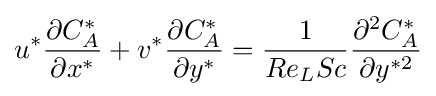
{u^{*}{\frac {\partial C_{A}^{*}}{\partial x^{*}}}}+{v^{*}{\frac {\partial C_{A}^{*}}{\partial y^{*}}}}={\frac {1}{Re_{L}Sc}}{\frac {\partial ^{2}C_{A}^{*}}{\partial y^{*2}}}